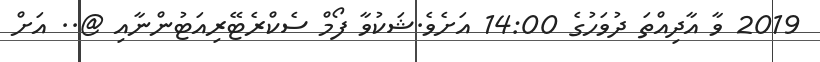
2019 ވާ އާދިއްތަ ދުވަހުގެ 14:00 އަށެވެ.ޝަކުވާ ފޯމް ސެކްރެޓޭރިއަޓުންނާއި @.. އަށް